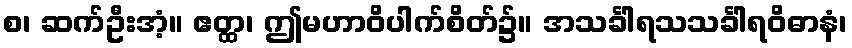
စ၊ ဆက်ဦးအံ့။ ဧတ္ထ၊ ဤမဟာဝိပါက်စိတ်၌။ အသင်္ခါရသသင်္ခါရဝိဓာနံ၊